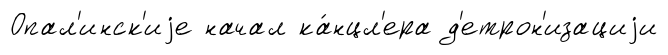
Опал'инск'иjе начал ка́нцл'ера д'етрон'изациjи